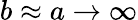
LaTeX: b\approx a\rightarrow\infty